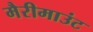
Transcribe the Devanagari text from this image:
मैरीमाउंट